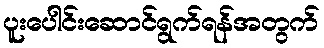
ပူးပေါင်းဆောင်ရွက်ရန်အတွက်